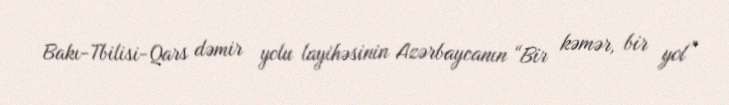
Bakı-Tbilisi-Qars dəmir yolu layihəsinin Azərbaycanın “Bir kəmər, bir yol”